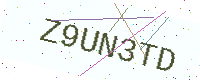
Text: Z9UN3TD